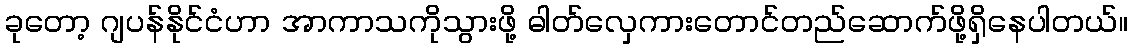
ခုတော့ ဂျပန်နိုင်ငံဟာ အာကာသကိုသွားဖို့ ဓါတ်လှေကားတောင်တည်ဆောက်ဖို့ရှိနေပါတယ်။